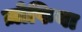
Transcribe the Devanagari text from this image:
ज़ोफिया